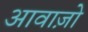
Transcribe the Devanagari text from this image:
आवाज़ो